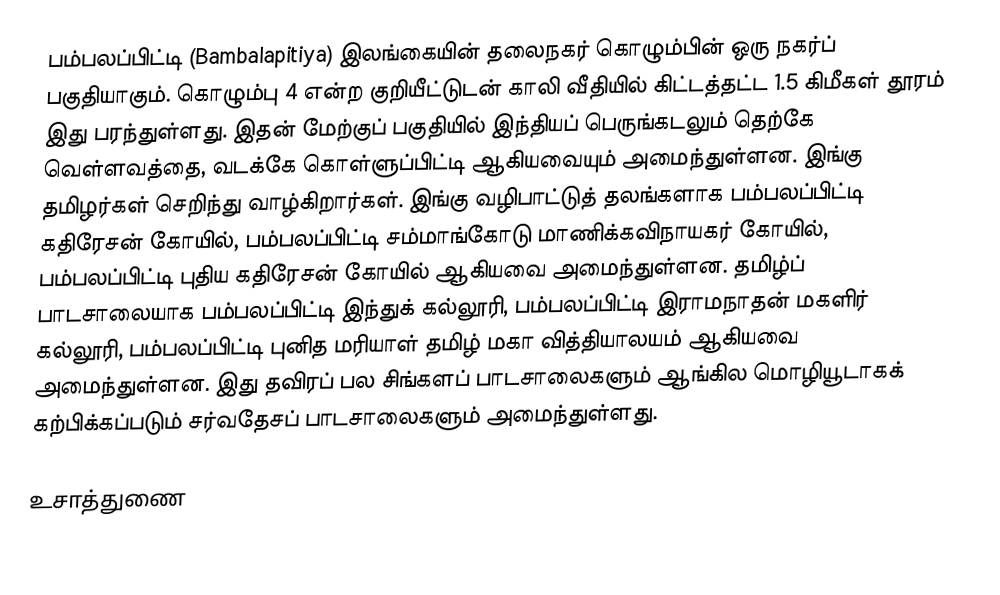
பம்பலப்பிட்டி (Bambalapitiya) இலங்கையின் தலைநகர் கொழும்பின் ஒரு நகர்ப் பகுதியாகும். கொழும்பு 4 என்ற குறியீட்டுடன் காலி வீதியில் கிட்டத்தட்ட 1.5 கிமீகள் தூரம் இது பரந்துள்ளது. இதன் மேற்குப் பகுதியில் இந்தியப் பெருங்கடலும் தெற்கே வெள்ளவத்தை, வடக்கே கொள்ளுப்பிட்டி ஆகியவையும் அமைந்துள்ளன. இங்கு தமிழர்கள் செறிந்து வாழ்கிறார்கள். இங்கு வழிபாட்டுத் தலங்களாக பம்பலப்பிட்டி கதிரேசன் கோயில், பம்பலப்பிட்டி சம்மாங்கோடு மாணிக்கவிநாயகர் கோயில், பம்பலப்பிட்டி புதிய கதிரேசன் கோயில் ஆகியவை அமைந்துள்ளன. தமிழ்ப் பாடசாலையாக பம்பலப்பிட்டி இந்துக் கல்லூரி, பம்பலப்பிட்டி இராமநாதன் மகளிர் கல்லூரி, பம்பலப்பிட்டி புனித மரியாள் தமிழ் மகா வித்தியாலயம் ஆகியவை அமைந்துள்ளன. இது தவிரப் பல சிங்களப் பாடசாலைகளும் ஆங்கில மொழியூடாகக் கற்பிக்கப்படும் சர்வதேசப் பாடசாலைகளும் அமைந்துள்ளது.

உசாத்துணை